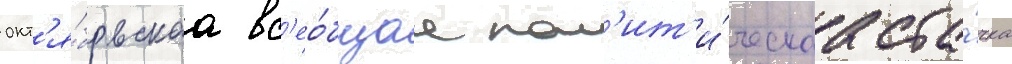
окт'я́брьскаа вс'ео́бщаа пол'ит'и́ческаа ста́чка